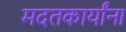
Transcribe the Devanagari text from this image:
मदतकार्यांना